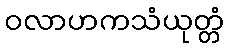
ဝလာဟကသံယုတ္တံ